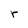
Character: r